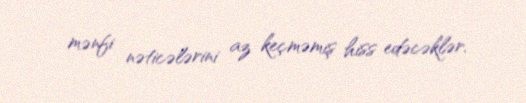
mənfi nəticələrini az keçməmiş hiss edəcəklər.